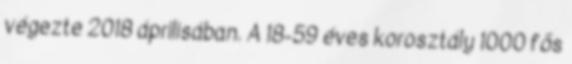
végezte 2018 áprilisában. A 18-59 éves korosztály 1000 fős